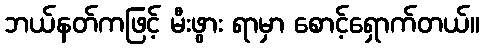
ဘယ်နတ်ကဖြင့် မီးဖွား ရာမှာ စောင့်ရှောက်တယ်။